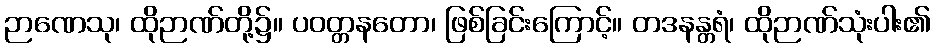
ဉာဏေသု၊ ထိုဉာဏ်တို့၌။ ပဝတ္တနတော၊ ဖြစ်ခြင်းကြောင့်။ တဒနန္တရံ၊ ထိုဉာဏ်သုံးပါး၏